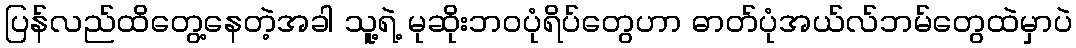
ပြန်လည်ထိတွေ့နေတဲ့အခါ သူ့ရဲ့ မုဆိုးဘဝပုံရိပ်တွေဟာ ဓာတ်ပုံအယ်လ်ဘမ်တွေထဲမှာပဲ